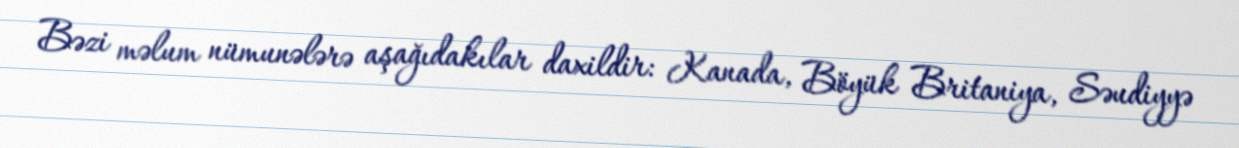
Bəzi məlum nümunələrə aşağıdakılar daxildir: Kanada, Böyük Britaniya, Səudiyyə